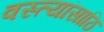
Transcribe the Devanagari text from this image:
वस्त्यांसाठि